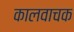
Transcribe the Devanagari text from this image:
कालवाचक